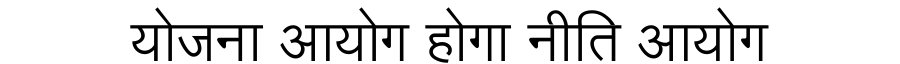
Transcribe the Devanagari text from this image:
योजना आयोग होगा नीति आयोग